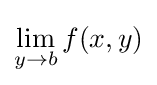
\lim _{y\to b}f(x,y)